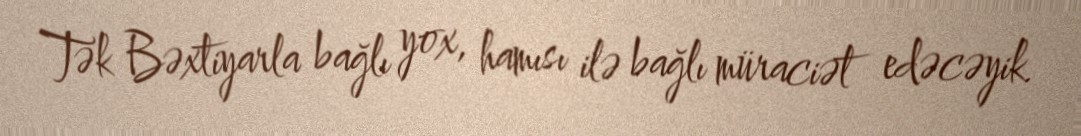
Tək Bəxtiyarla bağlı yox, hamısı ilə bağlı müraciət edəcəyik.